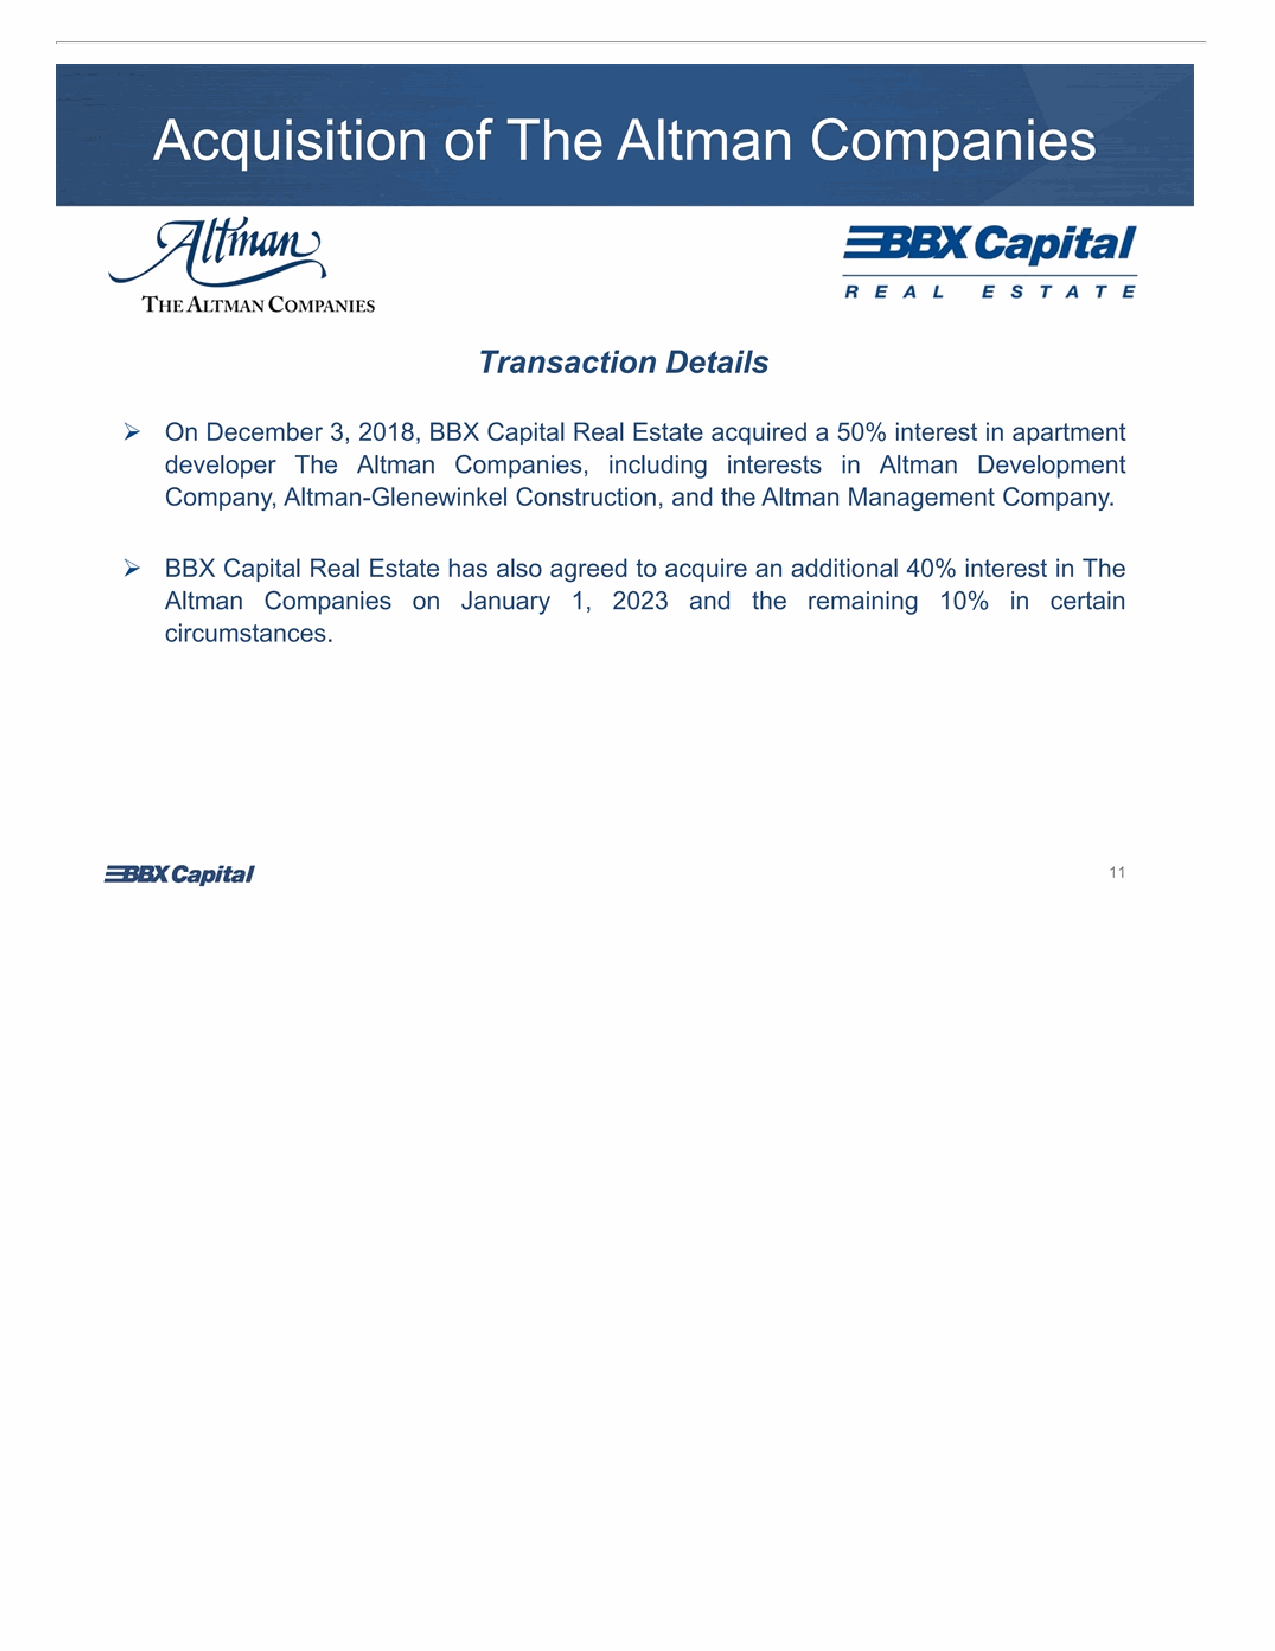
Acquisition of The Altman Companies Transaction Details ➢ On December 3, 2018, BBX Capital Real Estate acquired a 50% interest in apartment developer The Altman Companies, including interests in Altman Development Company, Altman-Glenewinkel Construction, and the Altman Management Company. ➢ BBX Capital Real Estate has also agreed to acquire an additional 40% interest in The Altman Companies on January 1, 2023 and the remaining 10% in certain circumstances. 11